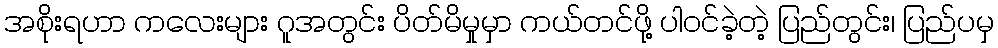
အစိုးရဟာ ကလေးများ ဂူအတွင်း ပိတ်မိမှုမှာ ကယ်တင်ဖို့ ပါဝင်ခဲ့တဲ့ ပြည်တွင်း၊ ပြည်ပမှ